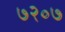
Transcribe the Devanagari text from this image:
७२०७